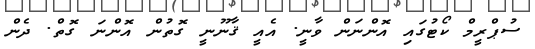
ސުޕްރީމް ކޯޓުގައި އޮންނަން ވާނީ. އެއީ ޤާނޫނީ ގޮތުން އޮންނަ ގޮތް. ދެން